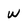
Character: w